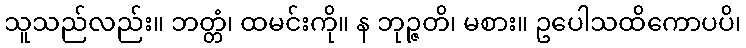
သူသည်လည်း။ ဘတ္တံ၊ ထမင်းကို။ န ဘုဉ္ဇတိ၊ မစား။ ဥပေါသထိကောပပိ၊